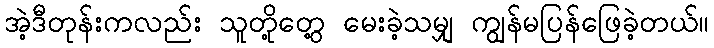
အဲ့ဒီတုန်းကလည်း သူတို့တွေ့ မေးခဲ့သမျှ ကျွန်မပြန်ဖြေခဲ့တယ်။